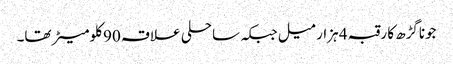
جوناگڑھ کا رقبہ 4 ہزار میل جبکہ ساحلی علاقہ 90 کلومیٹر تھا۔